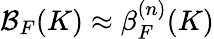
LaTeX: \mathcal{B}_{F}(K)\approx\beta_{F}^{(n)}(K)